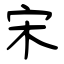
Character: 宋